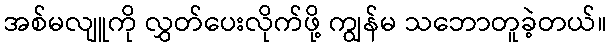
အစ်မလျူကို လွှတ်ပေးလိုက်ဖို့ ကျွန်မ သဘောတူခဲ့တယ်။